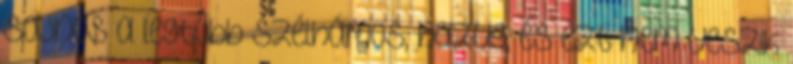
sajnos a legtöbb szélhámos, hazug, és ezt nem veszik